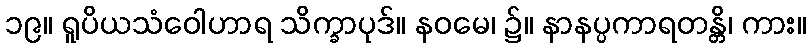
၁၉။ ရူပိယသံဝေါဟာရ သိက္ခာပုဒ်။ နဝမေ၊ ၌။ နာနပ္ပကာရတန္တိ၊ ကား။